Vaccination in the Punjab 1905-1918 - 1905-1918
Year: 1905
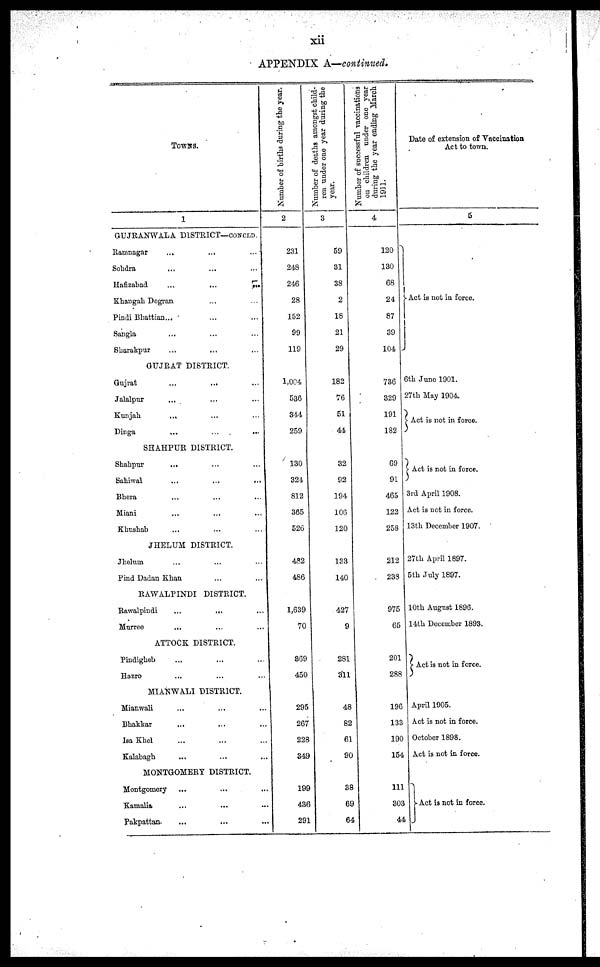
xii
APPENDIX A—continued.
TOWNS.
1
GUJRANWALA DISTRICT—CONCLD.
Ramnagar
... ... ...
Sohdra ... ... ...
Hafizabad
...
...
...
Khangah Dogran ... ... ...
Pindi Bhattian ... ... ...
Sangla ... ... ...
Sharakpur ... ... ...
GUJRAT DISTRICT.
Gujrat ... ... ...
Jalalpur ... ... ...
Kunjah ... ... ...
Dinga
...
...
...
SHAHPUR DISTRICT.
Shahpur ... ... ...
Sahiwal
...
...
...
Bhera ... ... ...
Miani ... ... ...
Khushab ... ... ...
JHELUM DISTRICT.
Jhelum ... ... ...
Pind Dadan Khan ... ... ...
RAWALPINDI DISTRICT.
Rawalpindi
...
... ...
Murree
... ... ...
ATTOCK DISTRICT.
Pindigheb ... ... ...
Hazro ... ... ...
MIANWALI DISTRICT.
Mianwali ... ... ...
Bhakkar ... ... ...
Isa Khel ... ... ...
Kalabagh ... ... ...
MONTGOMERY DISTRICT.
Montgomery
... ... ...
Kamalia ... ... ...
Pakpattan. ... ... ...
Number of births during the year.
2
231
248
246
28
152
99
119
1,004
536
344
259
130
324
812
365
526
482
486
1,639
70
369
450
295
267
228
349
199
436
291
Number of deaths amongst child-
ren under one year during the
year.
3
59
31
38
2
18
21
29
182
76
51
44
32
92
194
106
120
133
140
427
9
281
311
48
82
61
90
38
69
64
Number of successful vaccinations
on children under one year
during the year ending March
1911.
4
120
130
68
24
87
39
104
736
329
191
182
69
91
465
122
258
212
238
975
65
201
288
196
133
190
154
111
303
44
Date of extension of Vaccination
Act to town.
5
Act is not in force.
6th June 1901.
27th May 1904.
Act is not in force.
Act is not in force.
3rd April 1908.
Act is not in force.
13th December 1907.
27th April 1897.
5th July 1897.
10th August 1896.
14th December 1893.
Act is not in force.
April 1905.
Act is not in force.
October 1898.
Act is not in force.
Act is not in force.